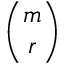
\binom { m } { r }